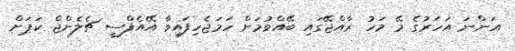
އަންނަ އަހަރުގެ މޭ މަހު ރާއްޖޭގައި ބޭއްވުމަށް ހަމަޖެހިފައިވާ އޭއެފްސީ ޗެލެންޖް ކަޕަށް